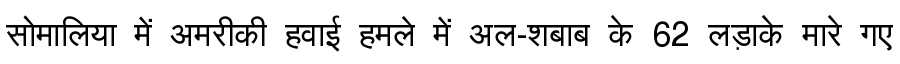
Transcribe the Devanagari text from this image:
सोमालिया में अमरीकी हवाई हमले में अल-शबाब के 62 लड़ाके मारे गए